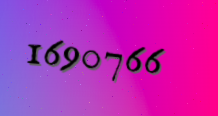
1690766